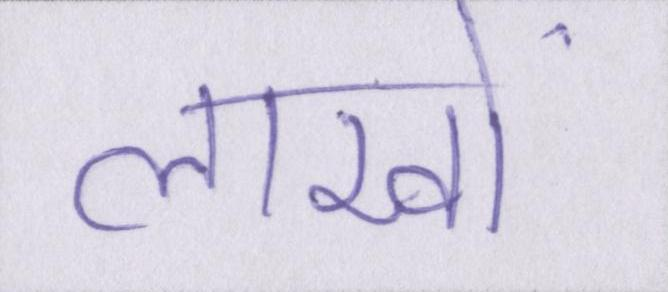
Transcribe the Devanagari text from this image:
लाखों